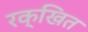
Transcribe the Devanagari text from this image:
रक्खित